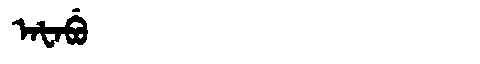
Manchu: ᠠᡶᠠᠪᡠ
Romanization: AFABU